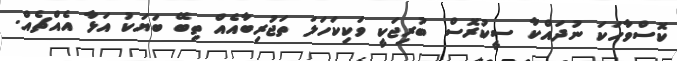
ކޮސްވާހަކަ ނުދައްކާ ސީކުރޮސް ބުރިޖަކީ ވަކިކަހަލަ ތަޖުރިބާއެއް ތިބޭ ބަޔަކު އަޅާ އެއްޗެއް.